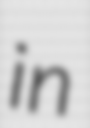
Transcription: in